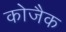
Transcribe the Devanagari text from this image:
कोजैक